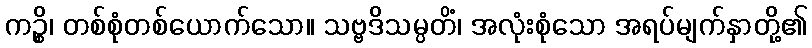
ကဉ္စိ၊ တစ်စုံတစ်ယောက်သော။ သဗ္ဗဒိသမ္ပတိံ၊ အလုံးစုံသော အရပ်မျက်နှာတို့၏